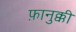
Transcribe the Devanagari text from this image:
फ़ानुक्की